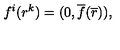
f ^ { i } ( r ^ { k } ) = ( 0 , { \overline { f } } ( \overline { r } ) ) ,